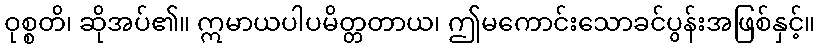
ဝုစ္စတိ၊ ဆိုအပ်၏။ ဣမာယပါပမိတ္တတာယ၊ ဤမကောင်းသောခင်ပွန်းအဖြစ်နှင့်။